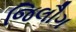
જિલૌગ